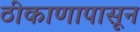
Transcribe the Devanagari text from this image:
ठीकाणापासून